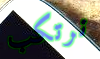
نرتكب